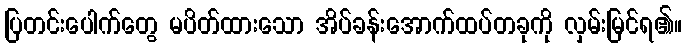
ပြတင်းပေါက်တွေ မပိတ်ထားသော အိပ်ခန်းအောက်ထပ်တခုကို လှမ်းမြင်ရ၏။